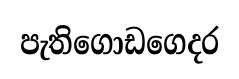
පැතිගොඩගෙදර